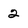
Character: 2